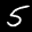
Label: 5